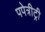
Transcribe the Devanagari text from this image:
पपेत्रीट्री